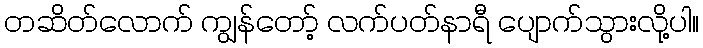
တဆိတ်လောက် ကျွန်တော့် လက်ပတ်နာရီ ပျောက်သွားလို့ပါ။